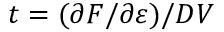
t = ( \partial F / \partial \varepsilon ) / D V